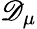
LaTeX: \mathscr{D}_{\mu}